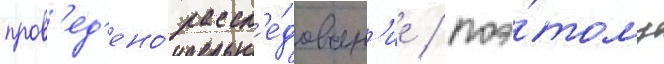
пров'ед'ено́ рассл'е́дован'ие / поэ́тому